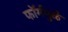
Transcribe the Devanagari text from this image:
फॉर्ममुळे